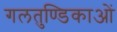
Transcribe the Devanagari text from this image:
गलतुण्डिकाओं